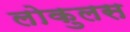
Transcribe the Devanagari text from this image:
लोकुलस